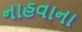
નાહવાના